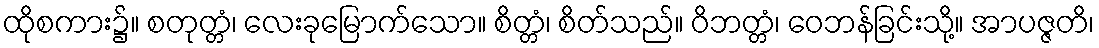
ထိုစကား၌။ စတုတ္တံ၊ လေးခုမြောက်သော။ စိတ္တံ၊ စိတ်သည်။ ဝိဘတ္တံ၊ ဝေဘန်ခြင်းသို့။ အာပဇ္ဇတိ၊